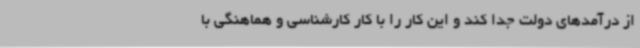
از درآمدهای دولت جدا کند و این کار را با کار کارشناسی و هماهنگی با